Lunatic asylums in Bengal annual reports 1888-1898 - 1888-1898
Year: 1888
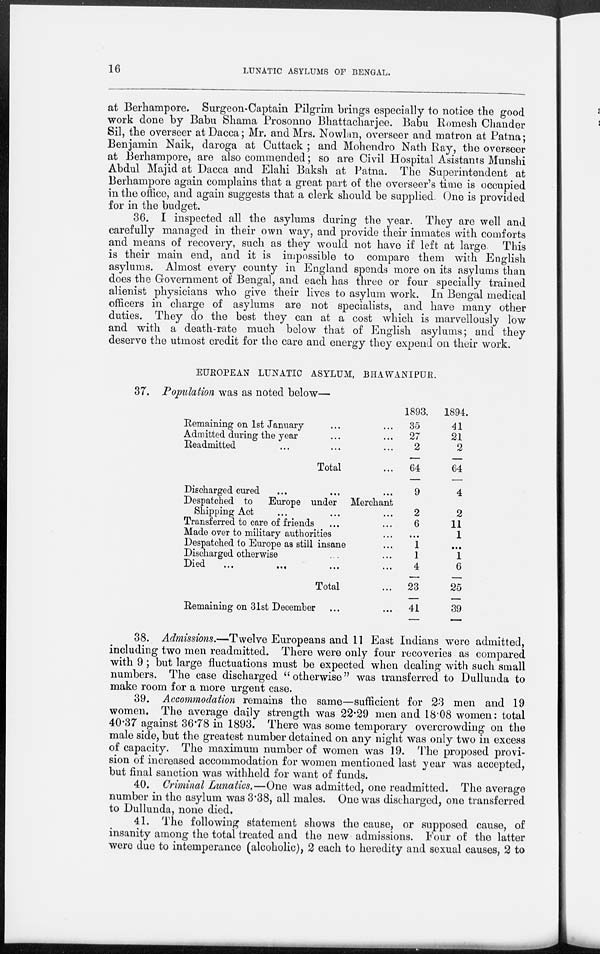
16
LUNATIC ASYLUMS OF BENGAL.
at Berhampore. Surgeon-Captain Pilgrim brings especially to notice the good
work done by Babu Shama Prosonno Bhattacharjee. Babu Romesh Chander
Sil, the overseer at Dacca; Mr. and Mrs. Nowlan, overseer and matron at Patna;
Benjamin Naik, daroga at Cuttack ; and Mohendro Nath Ray, the overseer
at Berhampore, are also commended; so are Civil Hospital Asistants Munshi
Abdul Majid at Dacca and Elahi Baksh at Patna. The Superintendent at
Berhampore again complains that a great part of the overseer's time is occupied
in the office, and again suggests that a clerk should be supplied. One is provided
for in the budget.
36. I inspected all the asylums during the year. They are well and
carefully managed in their own way, and provide their inmates with comforts
and means of recovery, such as they would not have if left at large This
is their main end, and it is impossible to compare them with English
asylums. Almost every county in England spends more on its asylums than
does the Government of Bengal, and each has three or four specially trained
alienist physicians who give their lives to asylum work. In Bengal medical
officers in charge of asylums are not specialists, and have many other
duties. They do the best they can at a cost which is marvellously low
and with a death-rate much below that of English asylums; and they
deserve the utmost credit for the care and energy they expend on their work.
EUROPEAN LUNATIC ASYLUM, BHAWANIPUR.
37. Population was as noted below—
Remaining on 1st January ... ...
Admitted during the year ... ...
Readmitted ... ... ...
Total ...
Discharged cured ... ... ...
Despatched to
Europe under Merchant
Shipping Act ... ... ...
Transferred to care of friends ... ...
Made over to military authorities ...
Despatched to Europe as still insane ...
Discharged otherwise ... ...
Died
...
... ... ...
Total ...
Remaining on 31st December ... ...
1893.
35
27
2
64
9
2
6
...
1
1
4
23
41
1894.
41
21
2
64
4
2
11
1
...
1
6
25
39
38. Admissions.—Twelve Europeans and 11 East Indians were admitted,
including two men readmitted. There were only four recoveries as compared
with 9 ; but large fluctuations must be expected when dealing with such small
numbers. The case discharged "otherwise" was transferred to Dullunda to
make room for a more urgent case.
39. Accommodation remains the same—sufficient for 23 men and 19
women. The average daily strength was 22.29 men and 18.08 women: total
40.37 against 36.78 in 1893. There was some temporary overcrowding on the
male side, but the greatest number detained on any night was only two in excess
of capacity. The maximum number of women was 19. The proposed provi-
sion of increased accommodation for women mentioned last year was accepted,
but final sanction was withheld for want of funds.
40. Criminal Lunatics.—One was admitted, one readmitted. The average
number in the asylum was 3.38, all males. One was discharged, one transferred
to Dullunda, none died.
41. The following statement shows the cause, or supposed cause, of
insanity among the total treated and the new admissions. Four of the latter
were due to intemperance (alcoholic), 2 each to heredity and sexual causes, 2 to